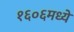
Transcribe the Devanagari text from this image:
१६०६मध्ये